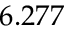
6 . 2 7 7